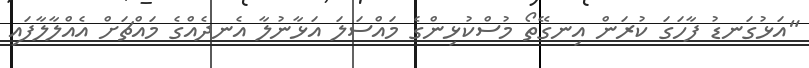
"އަޅުގަނޑު ފާހަގަ ކުރަން އިނގޭތޯ މުސްކުޅިންގެ މައްސަލަ އަޅާނުލާ އެނދެއްގެ މައްޗަށް އެއްލާލާފައި